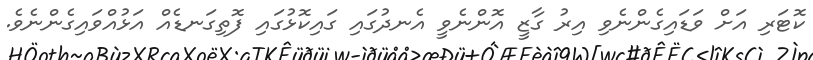
ކޮޓަރި އަށް ވަޑައިގެންނެވި އިރު ގާޒީ އޮންނެވީ އެނދުގައި ގައިކޮޅުގައި ފޮތިގަނޑެއް އަޅުއްވައިގެންނެވެ.